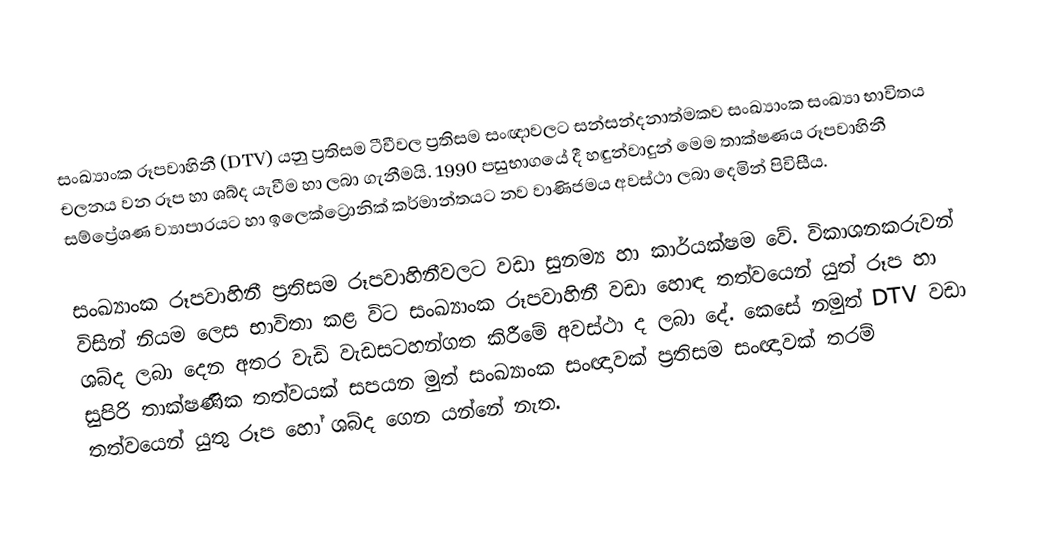
සංඛ්‍යාංක රූපවාහිනී (DTV) යනු ප්‍රතිසම ටීවීවල ප්‍රතිසම සංඥාවලට සන්සන්දනාත්මකව සංඛ්‍යාංක සංඛ්‍යා භාවිතය චලනය වන රූප හා ශබ්ද යැවීම හා ලබා ගැනීමයි. 1990 පසුභාගයේ දී හඳුන්වාදුන් මෙම තාක්ෂණය රූපවාහිනී සම්ප්‍රේශණ ව්‍යාපාරයට හා ඉලෙක්ට්‍රොනික් කර්මාන්තයට නව වාණිජමය අවස්ථා ලබා දෙමින් පිවිසීය.

සංඛ්‍යාංක රූපවාහිනී ප්‍රතිසම රූපවාහිනීවලට වඩා සුනම්‍ය හා කාර්යක්ෂම වේ. විකාශනකරුවන් විසින් නියම ලෙස භාවිතා කළ විට සංඛ්‍යාංක රූපවාහිනී වඩා හොඳ තත්වයෙන් යුත් රූප හා ශබ්ද ලබා දෙන අතර වැඩි වැඩසටහන්ගත කිරීමේ අවස්ථා ද ලබා දේ. කෙසේ නමුත් DTV වඩා සුපිරි තාක්ෂණික තත්වයක් සපයන මුත් සංඛ්‍යාංක සංඥාවක් ප්‍රතිසම සංඥාවක් තරම් තත්වයෙන් යුතු රූප හෝ ශබ්ද ගෙන යන්නේ නැත.